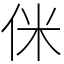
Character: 侎